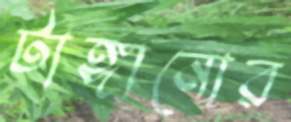
টাঙ্গানোর